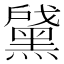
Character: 𲎖